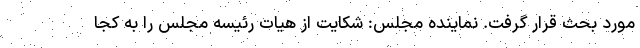
مورد بحث قرار گرفت. نماینده مجلس: شکایت از هیات رئیسه مجلس را به کجا